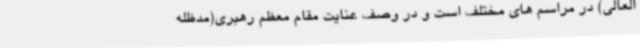
العالی) در مراسم های مختلف است و در وصف عنایت مقام معظم رهبری(مدظله